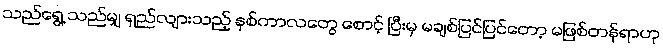
သည်ရွေ့ သည်မျှ ရှည်လျားသည့် နှစ်ကာလတွေ စောင့် ပြီးမှ မချစ်ပြင်ပြင်တော့ မဖြစ်တန်ရာဟု